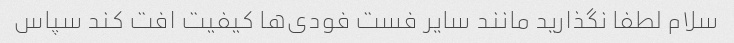
سلام لطفا نگذارید مانند سایر فست فودی‌ها کیفیت افت کند سپاس